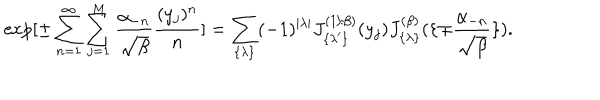
LaTeX: \exp [ \pm \sum _ { n = 1 } ^ { \infty } \sum _ { j = 1 } ^ { M } { \frac { \alpha _ { - n } } { \sqrt { \beta } } } { \frac { ( y _ { j } ) ^ { n } } { n } } ] = \sum _ { \{ \lambda \} } ( - 1 ) ^ { | \lambda | } J _ { \{ \lambda ^ { \prime } \} } ^ { ( 1 / \beta ) } ( y _ { j } ) J _ { \{ \lambda \} } ^ { ( \beta ) } ( \{ \mp { \frac { \alpha _ { - n } } { \sqrt { \beta } } } \} ) .